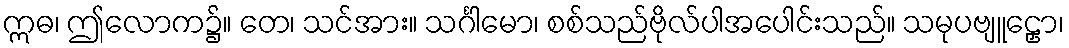
ဣဓ၊ ဤလောက၌။ တေ၊ သင်အား။ သင်္ဂါမော၊ စစ်သည်ဗိုလ်ပါအပေါင်းသည်။ သမုပဗျူဠှော၊